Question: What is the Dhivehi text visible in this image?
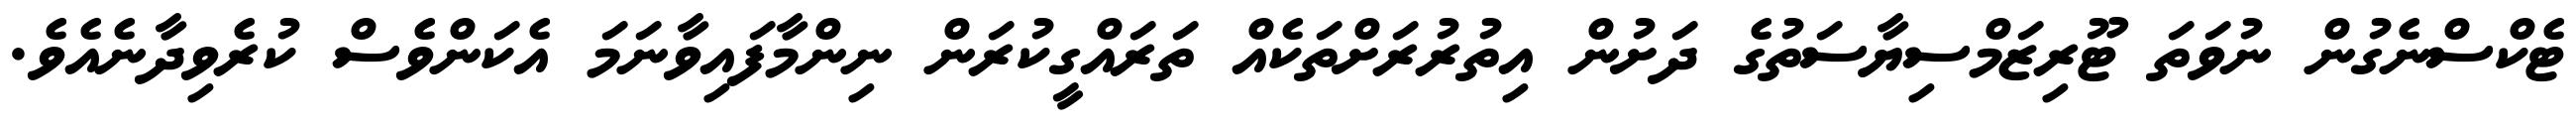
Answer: ޓެކްސްނެގުން ނުވަތަ ޓޫރިޒަމްސިޔާސަތުގެ ދަށުން އިތުރުރަށްތަކެއް ތަރައްގީކުރަން ނިންމާފައިވާނަމަ އެކަންވެސް ކުރެވިދާނެއެވެ.